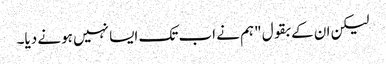
لیکن ان کے بقول "ہم نے اب تک ایسا نہیں ہونے دیا۔